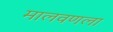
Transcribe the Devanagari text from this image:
मालवणला